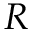
R